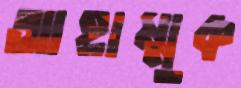
আহাম্মুক